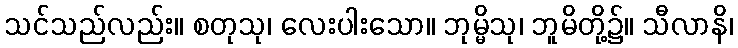
သင်သည်လည်း။ စတုသု၊ လေးပါးသော။ ဘုမ္မိသု၊ ဘူမိတို့၌။ သီလာနိ၊